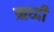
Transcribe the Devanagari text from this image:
ऋध्दी